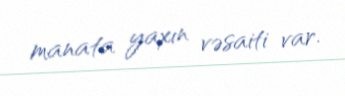
manata yaxın vəsaiti var.